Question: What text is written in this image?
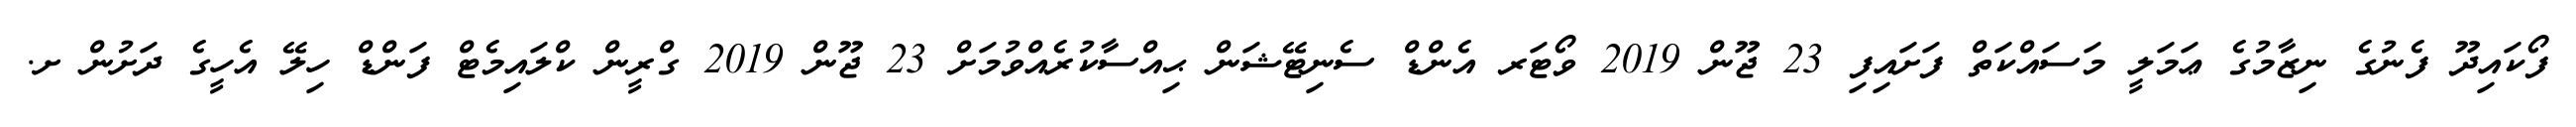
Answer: ފޯކައިދޫ ފެނުގެ ނިޒާމުގެ ޢަމަލީ މަސައްކަތް ފަށައިފި 23 ޖޫން 2019 ވޯޓަރ އެންޑް ސެނިޓޭޝަން ޙިއްސާކުރެއްވުމަށް 23 ޖޫން 2019 ގްރީން ކްލައިމެޓް ފަންޑް ހިލޭ އެހީގެ ދަށުން ށ.